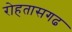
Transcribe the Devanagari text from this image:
रोहतासगढ